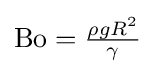
{\textstyle {\rm {Bo}}={\frac {\rho gR^{2}}{\gamma }}}